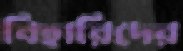
বিহারিদের